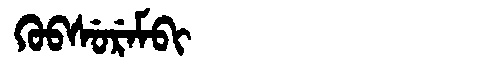
Manchu: ᡴᡠᠪᠰᡠᡵᡝᠮᠪᡳ
Romanization: KUBSUREMBI